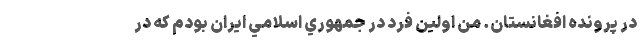
در پرونده افغانستان. من اولين فرد در جمهوري اسلامي ايران بودم كه در